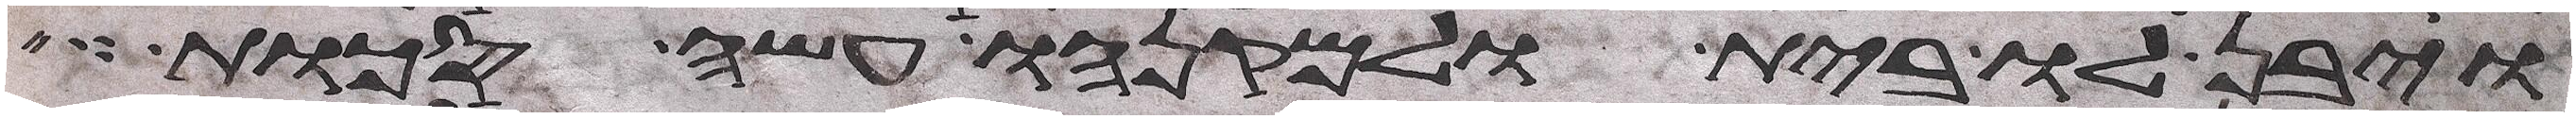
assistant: ויבן לו בית ולמקנהו עשה סכות